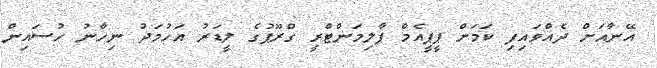
އޭނާއަށް ދެއްވައިފި ކަމަށް ޕީޕީއެމް ޕާލިމަންޓްރީ ގްރޫޕުގެ ލީޑަރު އަހުމަދު ނިހާނު ހުސައިން